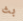
بث